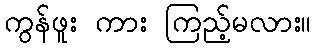
ကွန်ဖူး ကား ကြည့်မလား။